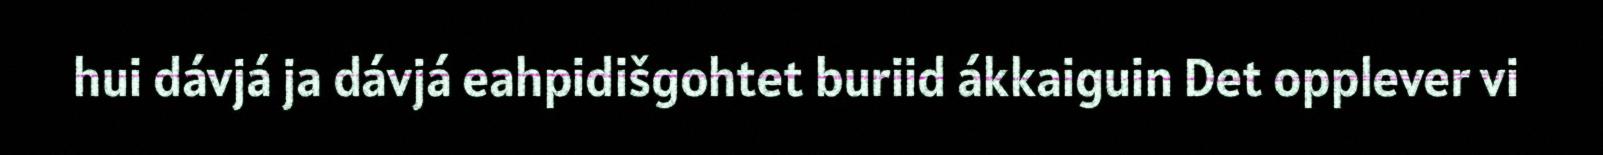
hui dávjá ja dávjá eahpidišgohtet buriid ákkaiguin Det opplever vi